Note on the mental hospitals in Burma - 1925-1940
Year: 1925
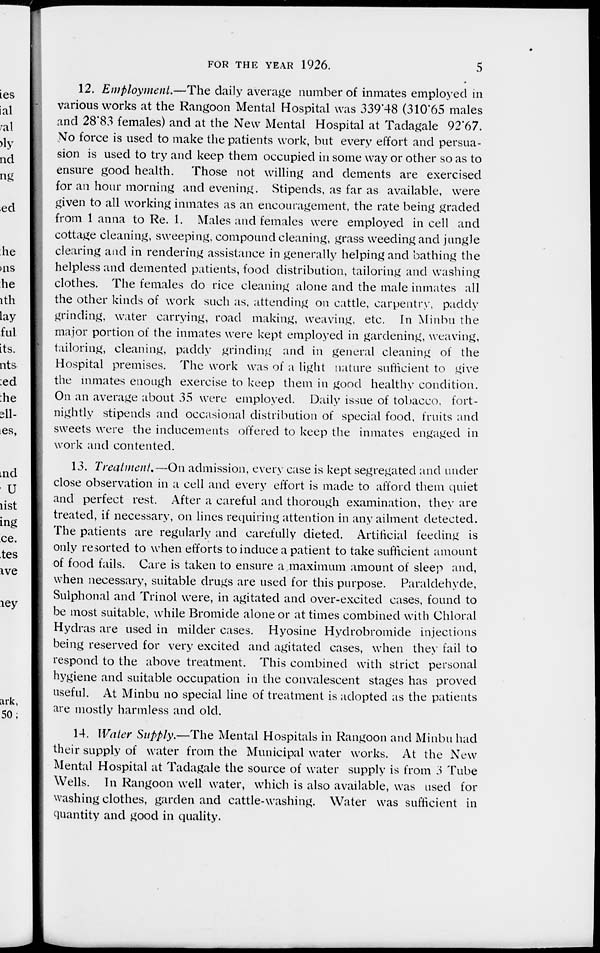
FOR THE YEAR 1926.
5
12. Employment.—The daily average number of inmates employed in
various works at the Rangoon Mental Hospital was 339.48 (310.65 males
and 28.83 females) and at the New Mental Hospital at Tadagale 92.67.
No force is used to make the patients work, but every effort and persua-
sion is used to try and keep them occupied in some way or other so as to
ensure good health. Those not willing and dements are exercised
for an hour morning and evening. Stipends, as far as available, were
given to all working inmates as an encouragement, the rate being graded
from 1 anna to Re. 1. Males and females were employed in cell and
cottage cleaning, sweeping, compound cleaning, grass weeding and jungle
clearing and in rendering assistance in generally helping and bathing the
helpless and demented patients, food distribution, tailoring and washing
clothes. The females do rice cleaning alone and the male inmates all
the other kinds of work such as, attending on cattle, carpentry, paddy
grinding, water carrying, road making, weaving, etc. In Minbu the
major portion of the inmates were kept employed in gardening, weaving,
tailoring, cleaning, paddy grinding and in general cleaning of the
Hospital premises. The work was of a light nature sufficient to give
the inmates enough exercise to keep them in good healthy condition.
On an average about 35 were employed. Daily issue of tobacco, fort-
nightly stipends and occasional distribution of special food, fruits and
sweets were the inducements offered to keep the inmates engaged in
work and contented.
13. Treatment.—On admission, every case is kept segregated and under
close observation in a cell and every effort is made to afford them quiet
and perfect rest. After a careful and thorough examination, they are
treated, if necessary, on lines requiring attention in any ailment detected.
The patients are regularly and carefully dieted. Artificial feeding is
only resorted to when efforts to induce a patient to take sufficient amount
of food fails. Care is taken to ensure a maximum amount of sleep and,
when necessary, suitable drugs are used for this purpose. Paraldehyde,
Sulphonal and Trinol were, in agitated and over-excited cases, found to
be most suitable, while Bromide alone or at times combined with Chloral
Hydras are used in milder cases. Hyosine Hydrobromide injections
being reserved for very excited and agitated cases, when they fail to
respond to the above treatment. This combined with strict personal
hygiene and suitable occupation in the convalescent stages has proved
useful. At Minbu no special line of treatment is adopted as the patients
are mostly harmless and old.
14. Water Supply.—The Mental Hospitals in Rangoon and Minbu had
their supply of water from the Municipal water works. At the New
Mental Hospital at Tadagale the source of water supply is from 3 Tube
Wells. In Rangoon well water, which is also available, was used for
washing clothes, garden and cattle-washing. Water was sufficient in
quantity and good in quality.